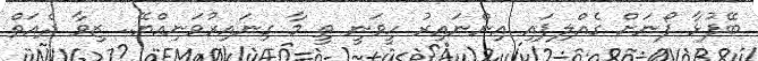
ބޭފުޅާ ފޯނަށް ގެއްލިފައި އިންނައިރު ހީވަނީ ތީ މާ ގިނައިރުވަނިއްޔޭ.. ޒިވާ ދެއަތް